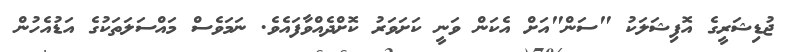
ޖުޑިޝަރީގެ އޮފިޝަލަކު "ސަން"އަށް އެކަން ވަނީ ކަށަވަރު ކޮށްދެއްވާފައެވެ. ނަމަވެސް މައްސަލަތަކުގެ އަޑުއެހުން